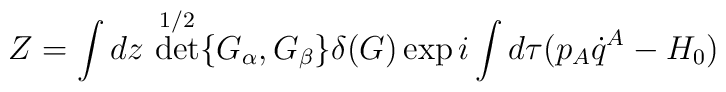
Z=\int dz\,\det^{1/2}\{G_\alpha,G_\beta\}\delta(G)\exp i\int d\tau(p_A\dot q^A-H_0)